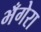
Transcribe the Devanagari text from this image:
भँगेरा